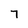
Character: 7